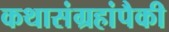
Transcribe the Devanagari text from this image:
कथासंग्रहांपैकी